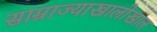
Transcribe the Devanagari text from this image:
साम्राज्याखालोखाल